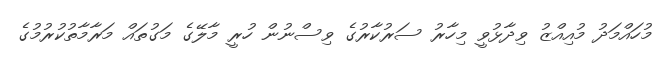
މުހައްމަދު މުއިއްޒު ވިދާޅުވީ މިހާރު ސަރުކާރުގެ ވިސްނުން ހުރީ މާލޭގެ މަގުތައް މަރާމާތުކުރުމުގެ